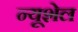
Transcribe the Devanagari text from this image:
न्यूशेल